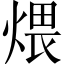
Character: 煨